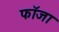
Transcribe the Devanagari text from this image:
फॉजा